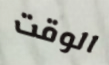
الوقت